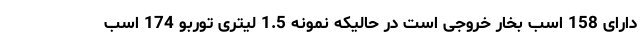
دارای 158 اسب بخار خروجی است در حالیکه نمونه 1.5 لیتری توربو 174 اسب